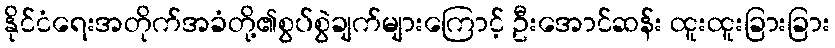
နိုင်ငံရေးအတိုက်အခံတို့၏စွပ်စွဲချက်များကြောင့် ဦးအောင်ဆန်း ထူးထူးခြားခြား